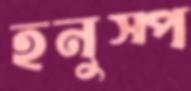
হনুস্প